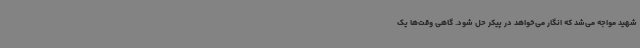
شهید مواجه می‌شد که انگار می‌خواهد در پیکر حل شود. گاهی وقت‌ها یک